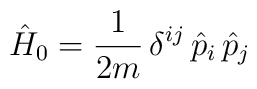
\hat H_0=\frac{1}{2m}\,\delta^{ij}\,\hat p_i\,\hat p_j